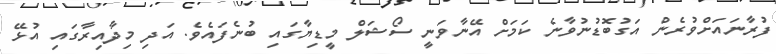
ފުރާނައަށްވުރެން އަގުބޮޑުނުވާނެ ކަމަށް އޭނާވަނީ ސޯޝަލް މީޑިޔާގައި ބުނެފައެވެ. އަދި މިދާއިރާގައި އުޅޭ